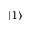
| 1 \rangle